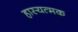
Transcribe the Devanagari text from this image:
हास्यत्मक